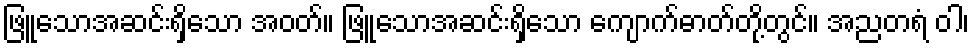
ဖြူသောအဆင်းရှိသော အဝတ်။ ဖြူသောအဆင်းရှိသော ကျောက်ဓာတ်တို့တွင်။ အညတရံ ဝါ၊